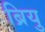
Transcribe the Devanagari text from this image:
ब्रियु